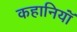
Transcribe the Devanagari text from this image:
कहानियॉं